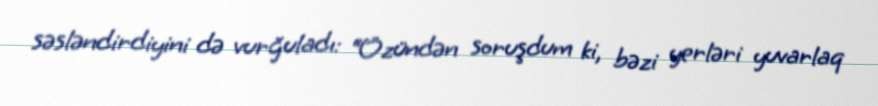
səsləndirdiyini də vurğuladı: “Özündən soruşdum ki, bəzi yerləri yuvarlaq